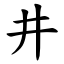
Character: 井